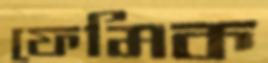
ফেমিক